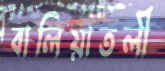
বালিয়াতলী